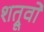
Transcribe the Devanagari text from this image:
शत्रूवों